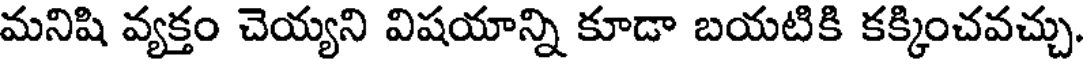
మనిషి వ్యక్తం చెయ్యని విషయాన్ని కూడా బయటికి కక్కించవచ్చు.